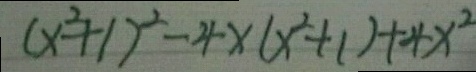
( x ^ { 2 } + 1 ) ^ { 2 } - 4 x ( x ^ { 2 } + 1 ) + 4 x ^ { 2 }